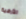
الأرضية